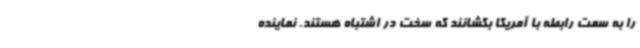
را به سمت رابطه با آمریکا بکشانند که سخت در اشتباه هستند. نماینده